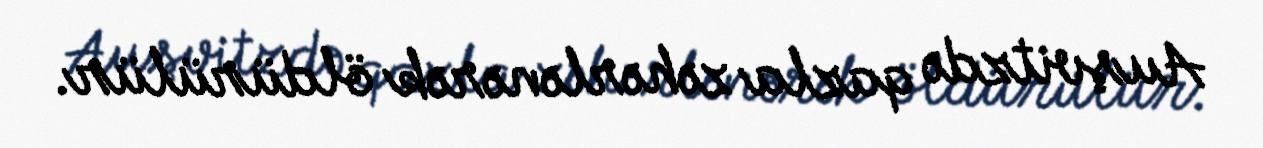
Auşvitzdə qazla zəhərlənərək öldürülür.